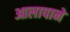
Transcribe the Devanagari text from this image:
आलापाने